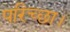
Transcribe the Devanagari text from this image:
परिच्‍छा।